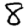
Digit: 8